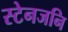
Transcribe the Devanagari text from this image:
स्टेनजनि